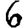
Digit: 6